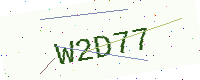
Text: W2D77